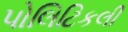
પોલિટિકલી